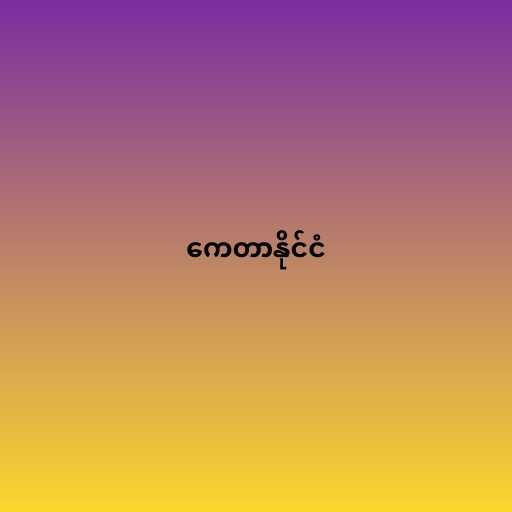
ကေတာနိုင်ငံ